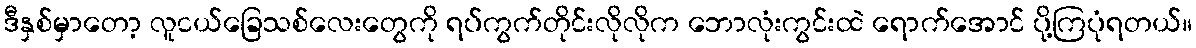
ဒီနှစ်မှာတော့ လူငယ်ခြေသစ်လေးတွေကို ရပ်ကွက်တိုင်းလိုလိုက ဘောလုံးကွင်းထဲ ရောက်အောင် ပို့ကြပုံရတယ်။